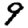
Digit: 9